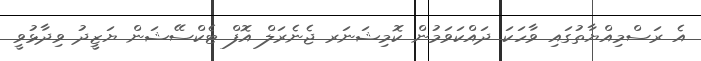
އެ ރަސްމިއްޔާތުގައި ވާހަކަ ދައްކަވަމުން ކޮމިޝަނަރ ޖެނެރަލް އޮފް ޓެކްސޭޝަން ޔަޒީދު ވިދާޅުވީ